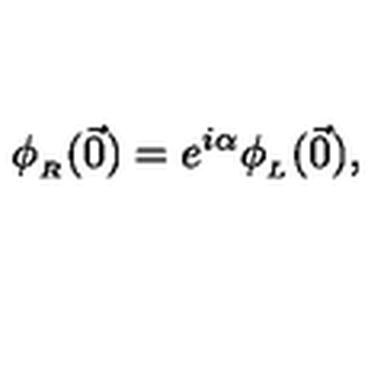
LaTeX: \phi _ { _ R } ( \vec { 0 } ) = e ^ { i \alpha } \phi _ { _ L } ( \vec { 0 } ) ,